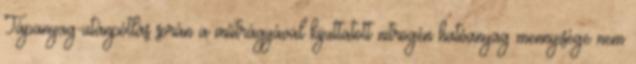
Tápanyag-utánpótlás során a műtrágyával kijuttatott nitrogén hatóanyag mennyisége nem